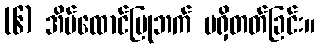
(၆) အိမ်ထောင်ပြုဘက် မရှိတတ်ခြင်း။